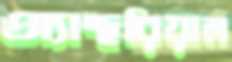
অ্যান্থরিয়াম